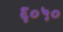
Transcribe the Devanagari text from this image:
६०५०